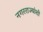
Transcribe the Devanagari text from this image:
नगरराज्यांशी